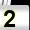
Digit: 2